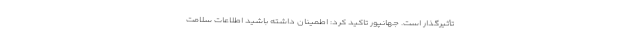
تأثیرگذار است. جهانپور تاکید کرد: اطمینان داشته باشید اطلاعات سلامت